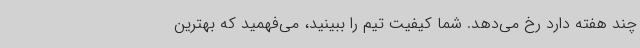
چند هفته دارد رخ می‌دهد. شما کیفیت تیم را ببینید، می‌فهمید که بهترین